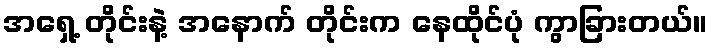
အရှေ့ တိုင်းနဲ့ အနောက် တိုင်းက နေထိုင်ပုံ ကွာခြားတယ်။